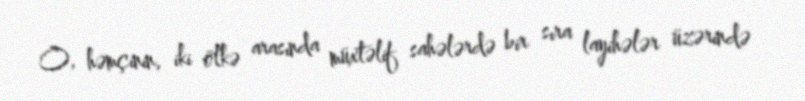
O, həmçinin, iki ölkə arasında müxtəlif sahələrdə bir sıra layihələr üzərində